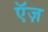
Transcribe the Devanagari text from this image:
ऍज़